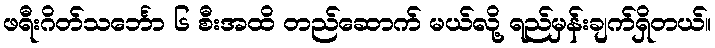
ဖရီးဂိတ်သင်္ဘော ၆ စီးအထိ တည်ဆောက် မယ်လို့ ရည်မှန်းချက်ရှိတယ်။